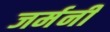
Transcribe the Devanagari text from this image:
जर्मनी